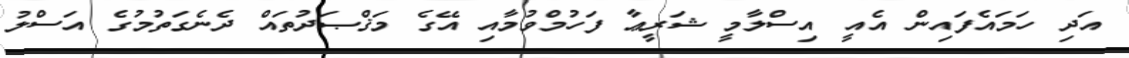
އަދި ހަމައެފައިން އެއީ އިސްލާމީ ޝަރީޢާ ފަހުމްވުމާއި އޭގެ މަޤްޞަދުތައް ދެނެގަތުމުގެ އަސްލު